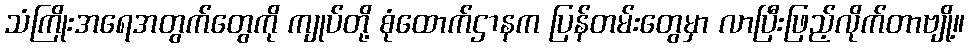
သံကြိုးအရေအတွက်တွေကို ကျုပ်တို့ စုံထောက်ဌာနက ပြန်တမ်းတွေမှာ လာပြီးဖြည့်လိုက်တာဗျို့။